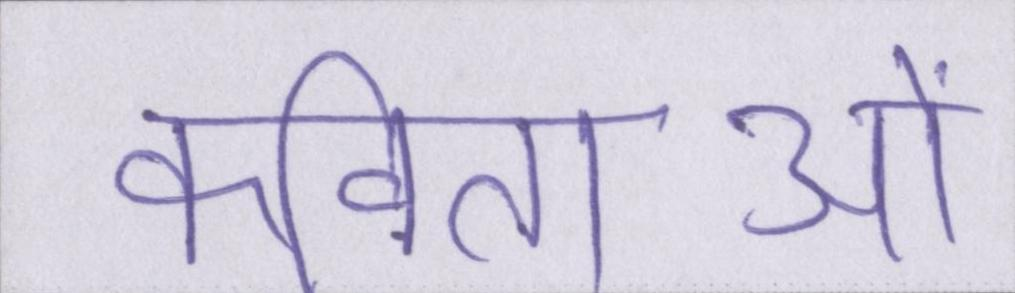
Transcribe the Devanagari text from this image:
कविताओं